Report on vaccination in Madras 1895-1903 - 1895-1903
Year: 1895
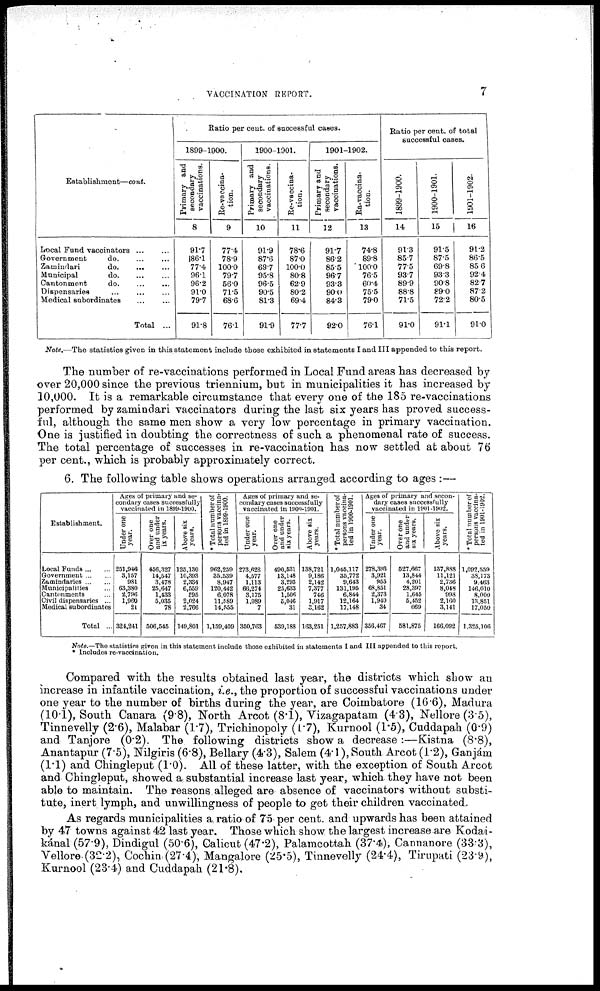
VACCINATION REPORT.
7
Establishment—cont.
Local Fund vaccinators ... ...
Government
do. ... ...
Zamindari
do.
... ...
Municipal
do. ... ...
Cantonment
do. ... ...
Dispensaries ... ... ...
Medical subordinates ... ...
Total ...
Ratio per cent. of successful cases.
1899-1900.
Primary and
secondary
vaccinations.
8
91.7
86.1
77.4
96.1
96.2
91.0
79.7
91.8
Re-vaccina¬
tion.
9
77.4
78.9
100.0
79.7
56.0
71.5
68.6
76.1
1900-1901.
Primary and
secondary
vaccinations.
10
91.9
87.6
69.7
95.8
96.5
90.5
81.3
91.9
Re-vaccina-
tion.
11
78.6
87.0
100.0
80.8
62.9
80.2
69.4
77.7
1901-1902.
Primary and
secondary
vaccinations.
12
91.7
86.2
85.5
96.7
93.3
90.0
84.3
92.0
Ra-vaccina-
tion.
13
74.8
89.8
100.0
76.5
60.4
75.5
79.0
76.1
Ratio per cent. of total
successful cases.
1899-1900.
14
91.3
85.7
77.5
93.7
89.9
88.8
71.5
91.0
1900-1901.
15
91.5
87.5
69.8
93.3
90.8
89.0
72.2
91.1
1901-1902.
16
91.2
86.5
85.6
92.4
82.7
87.2
80.5
91.0
Note.—The statistics given in this statement include those exhibited in statements I and III appended to this report.
The number of re-vaccinations performed in Local Fund areas has decreased by
over 20,000 since the previous triennium, but in municipalities it has increased by
10,000. It is a remarkable circumstance that every one of the 185 re-vaccinations
performed by zamindari vaccinators during the last six years has proved success-
ful, although the same men show a very low percentage in primary vaccination.
One is justified in doubting the correctness of such a phenomenal rate of success.
The total percentage of successes in re-vaccination has now settled at about 76
per cent., which is probably approximately correct.
6. The following table shows operations arranged according to ages :—
Establishment.
Local Funds ... ...
Government ... ...
Zamindaries ... ...
Municipalities ... ...
Cantonments ...
Civil dispensaries ...
Medical subordinates
Total ...
Ages of primary and se-
condary cases successfully
vaccinated in 1899-1900.
Under one
year.
251,946
3,157
981
63,380
2,796
1,960
21
324,241
Over one
and under
ix years.
456,327
14,547
3,478
25,647
1,433
5,035
78
506,545
Above six
years.
125,130
10,393
2,334
6,559
595
2,024
2,766
149,801
*Total number of
persons vaccina-
ted in 1899-1900.
962,259
35,539
8,947
120,442
6,078
11,589
14,555
1,159,409
Ages of primary and se-
condary cases successfully
vaccinated in 1900-1901.
Under one
year.
273,628
4,577
1,113
66,274
3,175
1,989
7
350,763
Over one
and under
six years.
490,531
13,148
3,293
25,633
1,506
5,046
31
539,188
Above six
years.
138,721
9,186
2,142
7,377
746
1,917
3,162
163,251
*Total number of
persons vaccina-
ted in 1900-1901.
1,045,117
35,772
9,643
131,195
6,844
12,164
17,148
1,257,883
Ages of primary and secon-
dary cases successfully
vaccinated in 1901-1902.
Under one
year.
278,393
3,921
955
68,851
2,373
1,940
34
356,467
Over one
and under
six years.
527,667
13,844
4,201
28,397
1,645
5,452
669
581,875
Above six
years.
137,888
11,121
2,736
8,048
998
2,160
3,141
166,092
* Total number of
persons vaccina-
ted in 1901-1902.
1,092,559
38,173
9,463
146,010
8,000
13,851
17,050
1,325,106
Note.—The statistics given in this statement include those exhibited in statements I and III appended to this report.
* Includes re-vaccination.
Compared with the results obtained last year, the districts which show an
increase in infantile vaccination, i.e., the proportion of successful vaccinations under
one year to the number of births during the year, are Coimbatore (16.6), Madura
(10.1), South Canara (9.8), North Arcot (8.1), Vizagapatam (4.3), Nellore (3.5),
Tinnevelly (2.6), Malabar (1.7), Trichinopoly (1.7), Kurnool (1.5), Cuddapah (0.9)
and Tanjore (0.2). The following districts show a decrease :—Kistna (8.8),
Anantapur (7.5), Nilgiris (6.8), Bellary (4.3), Salem (4.1), South Arcot (1.2), Ganjám
(1.1) and Chingleput (1.0). All of these latter, with the exception of South Arcot
and Chingleput, showed a substantial increase last year, which they have not been
able to maintain. The reasons alleged are absence of vaccinators without substi-
tute, inert lymph, and unwillingness of people to get their children vaccinated.
As regards municipalities a, ratio of 75 per cent. and upwards has been attained
by 47 towns against 42 last year. Those which show the largest increase are Kodai¬
kánal (57.9), Dindigul (50.6), Calicut (47.2), Palamcottah (37.4), Cannanore (33.3),
Vellore(32.2), Cochin, (27.4), Mangalore (25.5), Tinnevelly (24.4), Tirupati (23.9),
Kurnool (23.4) and Cuddapah (21.8).